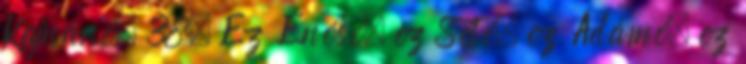
Kajnáné, 38. Ez Énósé, ez Sété, ez Ádámé, ez